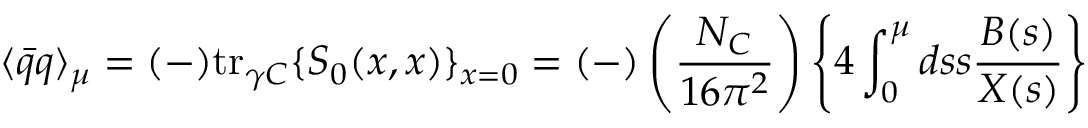
\langle { \bar { q } } q \rangle _ { \mu } = ( - ) { \mathrm { t r } } _ { \gamma C } \{ S _ { 0 } ( x , x ) \} _ { x = 0 } = ( - ) \left( \frac { N _ { C } } { 1 6 \pi ^ { 2 } } \right) \left\{ 4 \int _ { 0 } ^ { \mu } d s s \frac { B ( s ) } { X ( s ) } \right\}